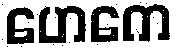
ဟေကေ